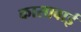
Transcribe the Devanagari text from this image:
कासाबाई